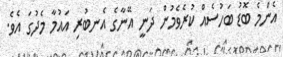
އެންމެ ބޮޑު ބަހުސެއް ކުރެވެމުން ދަނީ އޭނާގެ އެނބުރި އައުމާ މެދުގަ އެވެ.